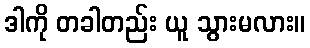
ဒါကို တခါတည်း ယူ သွားမလား။